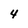
Character: 4